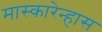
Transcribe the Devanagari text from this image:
मास्कारेन्हास